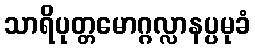
သာရိပုတ္တမောဂ္ဂလ္လာနပ္ပမုခံ